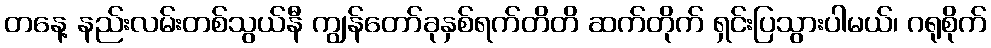
တနေ့ နည်းလမ်းတစ်သွယ်နီ ကျွန်တော်ခုနှစ်ရက်တိတိ ဆက်တိုက် ရှင်းပြသွားပါမယ်၊ ဂရုစိုက်